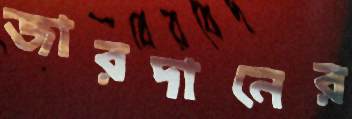
জারদানের